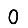
Digit: 0